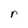
Character: r